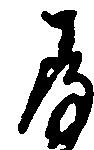
存